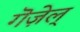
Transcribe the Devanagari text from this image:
गॆज़ेल्